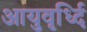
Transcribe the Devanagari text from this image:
आयुवृर्ध्दि